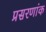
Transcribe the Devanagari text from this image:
प्रसरणांक